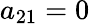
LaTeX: a_{21}=0